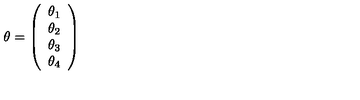
\theta = \left( \begin{array} { c } { \theta _ { 1 } } \\ { \theta _ { 2 } } \\ { \theta _ { 3 } } \\ { \theta _ { 4 } } \\ \end{array} \right)